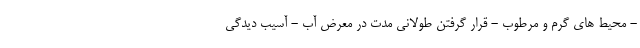
- محیط های گرم و مرطوب - قرار گرفتن طولانی مدت در معرض آب - آسیب دیدگی